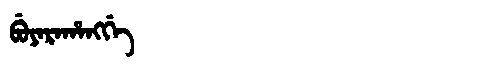
Manchu: ᠪᡠᠶᠠᡵᠠᡥᠠᠩᡤᡝ
Romanization: BUYARAHANGGE